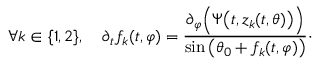
\forall k \in \{ 1 , 2 \} , \quad \partial _ { t } f _ { k } ( t , \varphi ) = \frac { \partial _ { \varphi } \Big ( \Psi \big ( t , z _ { k } ( t , \theta ) \big ) \Big ) } { \sin \big ( \theta _ { 0 } + f _ { k } ( t , \varphi ) \big ) } \cdot